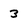
Character: 3